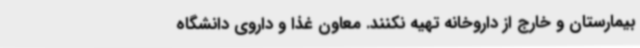
بیمارستان و خارج از داروخانه تهیه نکنند. معاون غذا و داروی دانشگاه